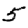
Digit: 5